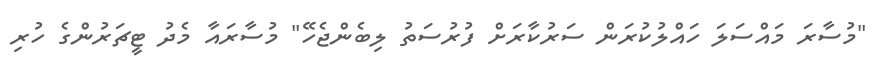
"މުސާރަ މައްސަލަ ހައްލުކުރަން ސަރުކާރަށް ފުރުސަތު ލިބެންޖެހޭ" މުސާރައާ މެދު ޓީޗަރުންގެ ހުރި